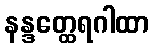
နန္ဒတ္ထေရဂါထာ